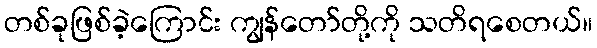
တစ်ခုဖြစ်ခဲ့ကြောင်း ကျွန်တော်တို့ကို သတိရစေတယ်။